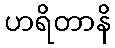
ဟရိတာနိ